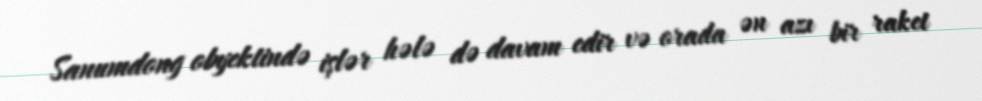
Sanumdong obyektində işlər hələ də davam edir və orada ən azı bir raket